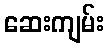
ဆေးကျမ်း